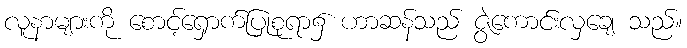
လူနာများကို စောင့်ရှောက်ပြုစုရာ၌ ဟာဆန်သည် ဇွဲကောင်းလှချေ သည်။